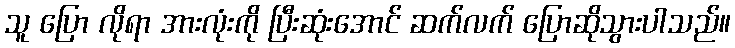
သူ ပြော လိုရာ အားလုံးကို ပြီးဆုံးအောင် ဆက်လက် ပြောဆိုသွားပါသည်။